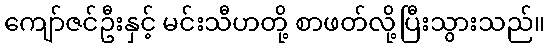
ကျော်ဇင်ဦးနှင့် မင်းသီဟတို့ စာဖတ်လို့ပြီးသွားသည်။